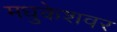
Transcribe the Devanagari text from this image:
मधुकेशवर